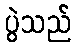
ပွဲသည်